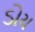
ડોય